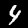
Label: 4